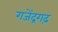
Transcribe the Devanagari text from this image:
गजेंद्रगढ़